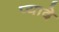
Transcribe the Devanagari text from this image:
प्‍यादे